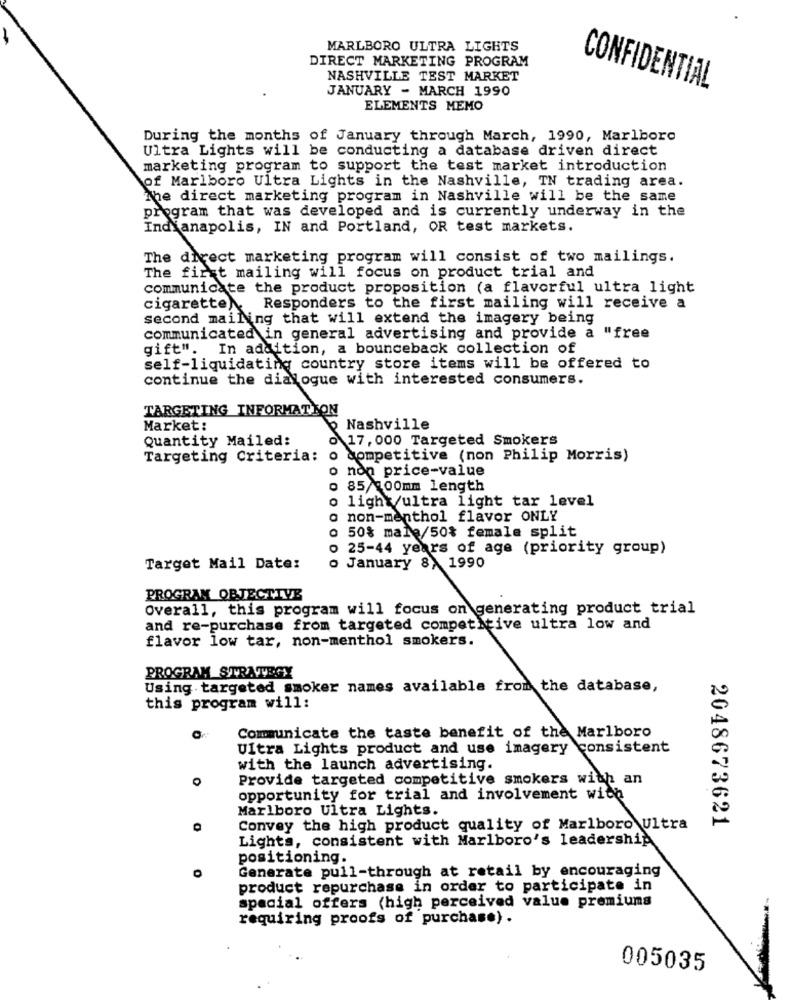
MARLBORO ULTRA LIGHTS
DIRECT MARKETING PROGRAM
NASHVILLE TEST MARKET
JANUARY - MARCH 1990
CONFIDENTIAL
ELEMENTS MEMO
During the months of January through March, 1990, Marlboro
Ultra Lights will be conducting a database driven direct
marketing program to support the test market introduction
of Marlboro Ultra Lights in the Nashville, TN trading area.
The direct marketing program in Nashville will be the same
program that was developed and is currently underway in the
Indianapolis, IN and Portland, OR test markets.
The direct marketing program will consist of two mailings.
The first mailing will focus on product trial and
communicate the product proposition (a flavorful ultra light
cigarette)
Responders to the first mailing will receive a
second mailing that will extend the imagery being
communicated in general advertising and provide a "free
gift". In addition, a bounceback collection of
self-liquidating country store items will be offered to
continue the dialogue with interested consumers.
TARGETING INFORMATION
Market:
Nashville
Quantity Mailed:
17, 000 Targeted Smokers
Targeting Criteria:
o competitive (non Philip Morris)
o non price-value
o 85/100mm length
o light/ultra light tar level
o non-menthol flavor ONLY
o 50% male/50% female split
25-44 years of age (priority group)
Target Mail Date:
o January 8, 1990
PROGRAM OBJECTIVE
Overall, this program will focus on generating product trial
and re-purchase from targeted competitive ultra low and
flavor low tar, non-menthol smokers.
PROGRAM STRATEGY
Using targeted smoker names available from the database,
this program will:
Communicate the taste benefit of the Marlboro
Ultra Lights product and use imagery consistent
with the launch advertising.
Provide targeted competitive smokers with an
opportunity for trial and involvement with
Marlboro Ultra Lights.
2048673621
Convey the high product quality of Marlboro Ultra
Lights, consistent with Marlboro's leadership
positioning.
Generate pull-through at retail by encouraging
product repurchase in order to participate in
special offers (high perceived value premiums
requiring proofs of purchase).
005035